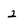
Character: 2